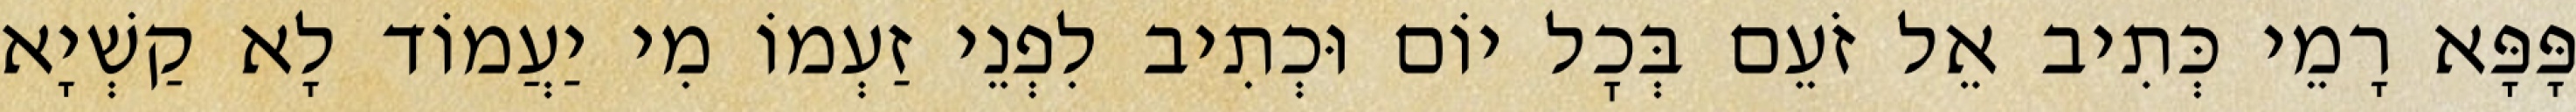
פָּפָּא רָמֵי כְּתִיב אֵל זֹעֵם בְּכׇל יוֹם וּכְתִיב לִפְנֵי זַעְמוֹ מִי יַעֲמוֹד לָא קַשְׁיָא